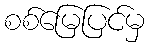
စစ်မြေပြင်မှ